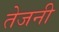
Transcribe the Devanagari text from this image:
तेजनी